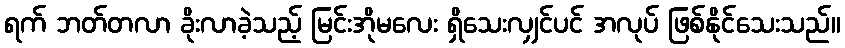
ရက် ဘတ်တလာ ခိုးလာခဲ့သည့် မြင်းအိုမလေး ရှိသေးလျှင်ပင် အလုပ် ဖြစ်နိုင်သေးသည်။